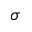
\sigma